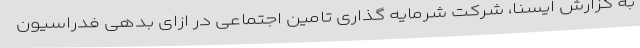
به گزارش ایسنا، شرکت شرمایه گذاری تامین اجتماعی در ازای بدهی فدراسیون